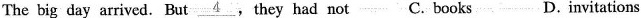
The big day arrived. But\underline{4},they had not C. books D. invitations